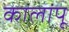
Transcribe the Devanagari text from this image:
कालांपू